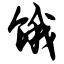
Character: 饿